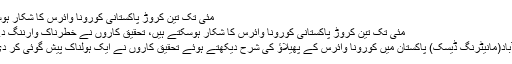
مئی تک تین کروڑ پاکستانی کورونا وائرس کا شکار ہوسکتے
مئی تک تین کروڑ پاکستانی کورونا وائرس کا شکار ہوسکتے ہیں، تحقیق کاروں نے خطرناک وارننگ دے دی
اسلام آباد(مانیٹرنگ ڈیسک) پاکستان میں کورونا وائرس کے پھیلاﺅ کی شرح دیکھتے ہوئے تحقیق کاروں نے ایک ہولناک پیش گوئی کر دی ہے۔